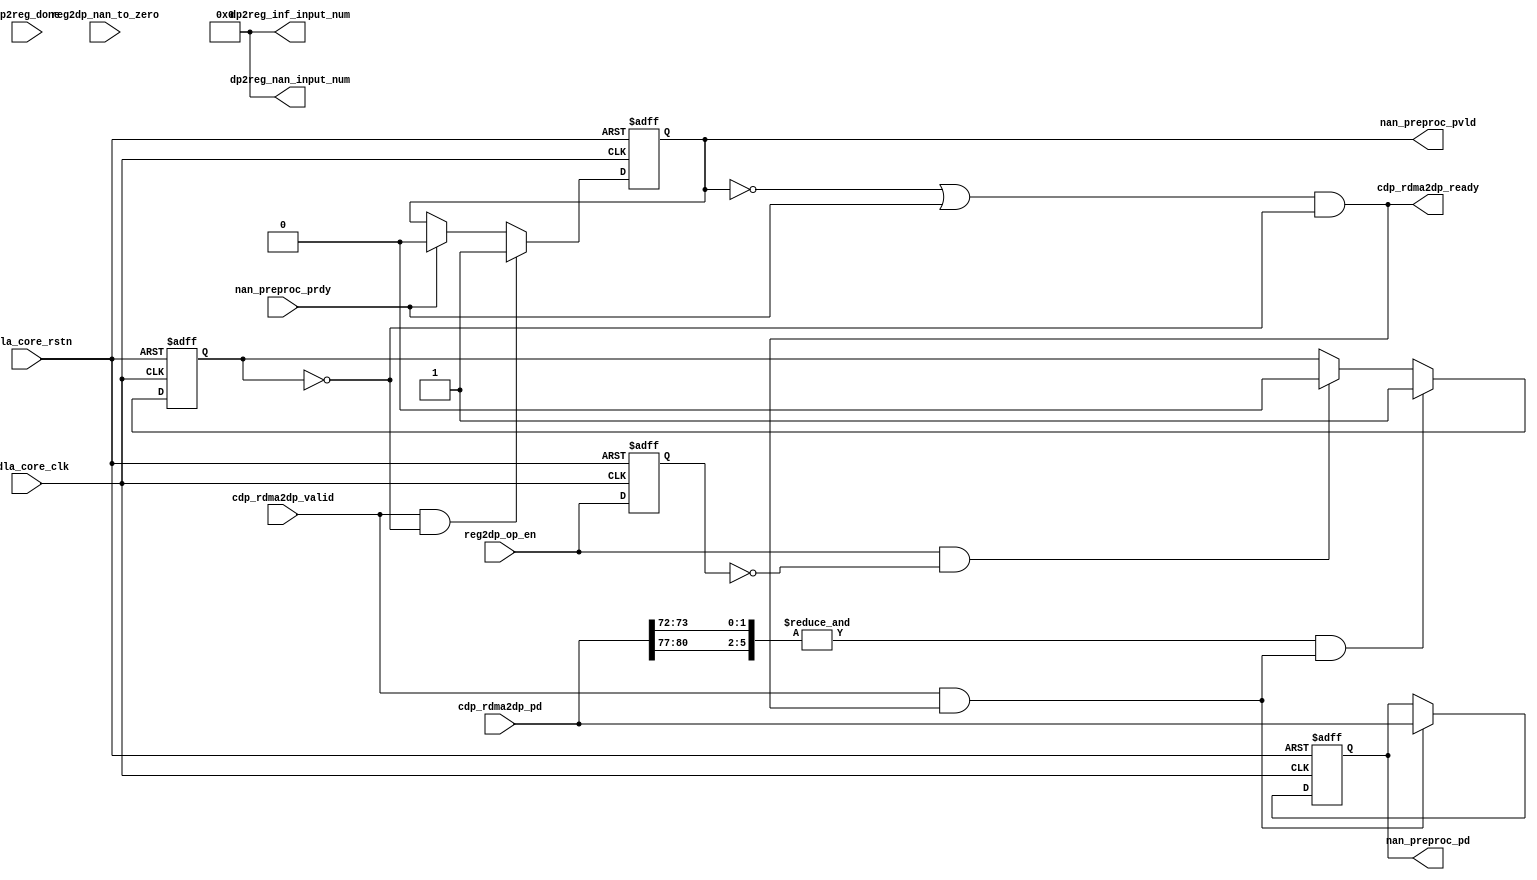
// ================================================================
// NVDLA Open Source Project
//
// Copyright(c) 2016 - 2017 NVIDIA Corporation. Licensed under the
// NVDLA Open Hardware License; Check "LICENSE" which comes with
// this distribution for more information.
// ================================================================
// ================================================================
// NVDLA Open Source Project
// 
// Copyright(c) 2016 - 2017 NVIDIA Corporation.  Licensed under the
// NVDLA Open Hardware License; Check "LICENSE" which comes with 
// this distribution for more information.
// ================================================================
///////////////////////////////////////////////////
//#ifdef NVDLA_FEATURE_DATA_TYPE_INT8
//#if ( NVDLA_CDP_THROUGHPUT  ==  8 )
//    #define LARGE_FIFO_RAM
//#endif
//#if ( NVDLA_CDP_THROUGHPUT == 1 )
//    #define SMALL_FIFO_RAM
//#endif
//#endif
module NV_NVDLA_CDP_DP_nan (
   nvdla_core_clk
  ,nvdla_core_rstn
  ,cdp_rdma2dp_pd
  ,cdp_rdma2dp_valid
  ,dp2reg_done
  ,nan_preproc_prdy
//,reg2dp_input_data_type
  ,reg2dp_nan_to_zero
  ,reg2dp_op_en
  ,cdp_rdma2dp_ready
  ,dp2reg_inf_input_num
  ,dp2reg_nan_input_num
  ,nan_preproc_pd
  ,nan_preproc_pvld
  );
//////////////////////////////////////////////////////
input nvdla_core_clk;
input nvdla_core_rstn;
input [8*8 +24:0] cdp_rdma2dp_pd;
input cdp_rdma2dp_valid;
input dp2reg_done;
input nan_preproc_prdy;
//input [1:0] reg2dp_input_data_type;
input reg2dp_nan_to_zero;
input reg2dp_op_en;
output cdp_rdma2dp_ready;
output [31:0] dp2reg_inf_input_num;
output [31:0] dp2reg_nan_input_num;
output [8*8 +24:0] nan_preproc_pd;
output nan_preproc_pvld;
//////////////////////////////////////////////////////
reg [8*8 +24:0] datin_d;
reg din_pvld_d1;
wire [31:0] dp2reg_inf_input_num=0;
wire [31:0] dp2reg_nan_input_num=0;
//reg fp16_en;
//reg [31:0] inf_in_count;
//reg [31:0] inf_in_num0;
//reg [31:0] inf_in_num1;
reg layer_flag;
//reg mon_inf_in_count;
//reg mon_nan_in_count;
//reg [31:0] nan_in_count;
//reg [31:0] nan_in_num0;
//reg [31:0] nan_in_num1;
//reg [15:0] nan_preproc_pd0;
//reg [15:0] nan_preproc_pd1;
//reg [15:0] nan_preproc_pd2;
//reg [15:0] nan_preproc_pd3;
reg op_en_d1;
//reg tozero_en;
reg waiting_for_op_en;
reg wdma_layer_flag;
wire cdp_rdma2dp_ready_f;
//wire cube_end;
//wire [3:0] dat_is_inf;
//wire [3:0] dat_is_nan;
wire din_prdy_d1;
//wire [15:0] fp16_in_pd_0;
//wire [15:0] fp16_in_pd_1;
//wire [15:0] fp16_in_pd_2;
//wire [15:0] fp16_in_pd_3;
//wire [2:0] inf_num_in_8byte;
//wire last_c;
//wire last_h;
//wire last_w;
wire layer_end;
wire load_din;
//wire [2:0] nan_num_in_8byte;
wire op_en_load;
wire wdma_done;
//////////////////////////////////////////////////////
//==========================================
//----------------------------------------
assign cdp_rdma2dp_ready = cdp_rdma2dp_ready_f;
assign cdp_rdma2dp_ready_f = (~din_pvld_d1 | din_prdy_d1) & (~waiting_for_op_en);
assign load_din = cdp_rdma2dp_valid & cdp_rdma2dp_ready_f;
// //----------------------------------------
// always @(posedge nvdla_core_clk or negedge nvdla_core_rstn) begin
// if (!nvdla_core_rstn) begin
// tozero_en <= 1'b0;
// end else begin
// tozero_en <= reg2dp_nan_to_zero == 1'h1;
// end
// end
// always @(posedge nvdla_core_clk or negedge nvdla_core_rstn) begin
// if (!nvdla_core_rstn) begin
// fp16_en <= 1'b0;
// end else begin
// fp16_en <= reg2dp_input_data_type[1:0]== 2;
// end
// end
// //----------------------------------------
// assign fp16_in_pd_0 = cdp_rdma2dp_pd[15:0];
// assign fp16_in_pd_1 = cdp_rdma2dp_pd[31:16];
// assign fp16_in_pd_2 = cdp_rdma2dp_pd[47:32];
// assign fp16_in_pd_3 = cdp_rdma2dp_pd[63:48];
//
// assign dat_is_nan[0] = fp16_en & (&fp16_in_pd_0[14:10]) & (|fp16_in_pd_0[9:0]);
// assign dat_is_nan[1] = fp16_en & (&fp16_in_pd_1[14:10]) & (|fp16_in_pd_1[9:0]);
// assign dat_is_nan[2] = fp16_en & (&fp16_in_pd_2[14:10]) & (|fp16_in_pd_2[9:0]);
// assign dat_is_nan[3] = fp16_en & (&fp16_in_pd_3[14:10]) & (|fp16_in_pd_3[9:0]);
//
// assign dat_is_inf[0] = fp16_en & (&fp16_in_pd_0[14:10]) & (~(|fp16_in_pd_0[9:0]));
// assign dat_is_inf[1] = fp16_en & (&fp16_in_pd_1[14:10]) & (~(|fp16_in_pd_1[9:0]));
// assign dat_is_inf[2] = fp16_en & (&fp16_in_pd_2[14:10]) & (~(|fp16_in_pd_2[9:0]));
// assign dat_is_inf[3] = fp16_en & (&fp16_in_pd_3[14:10]) & (~(|fp16_in_pd_3[9:0]));
//////////////////////////////////////////////////////////////////////
//waiting for op_en
//////////////////////////////////////////////////////////////////////
always @(posedge nvdla_core_clk or negedge nvdla_core_rstn) begin
  if (!nvdla_core_rstn) begin
    op_en_d1 <= 1'b0;
  end else begin
  op_en_d1 <= reg2dp_op_en;
  end
end
assign op_en_load = reg2dp_op_en & (~op_en_d1);
//: my $k = int( log(32/8)/log(2) ) ;
//: print qq(
//: assign layer_end = &{cdp_rdma2dp_pd[8*8 +16:8*8 +13],cdp_rdma2dp_pd[8*8 +8+${k}-1:8*8 +8]} & load_din;
//: );
//| eperl: generated_beg (DO NOT EDIT BELOW)

assign layer_end = &{cdp_rdma2dp_pd[8*8 +16:8*8 +13],cdp_rdma2dp_pd[8*8 +8+2-1:8*8 +8]} & load_din;

//| eperl: generated_end (DO NOT EDIT ABOVE)
always @(posedge nvdla_core_clk or negedge nvdla_core_rstn) begin
  if (!nvdla_core_rstn) begin
    waiting_for_op_en <= 1'b1;
  end else begin
    if(layer_end)
        waiting_for_op_en <= 1'b1;
    else if(op_en_load)
        waiting_for_op_en <= 1'b0;
  end
end
// //////////////////////////////////////////////////////////////////////
// //NaN process mode control
// //////////////////////////////////////////////////////////////////////
// always @(posedge nvdla_core_clk or negedge nvdla_core_rstn) begin
// if (!nvdla_core_rstn) begin
// nan_preproc_pd0 <= {16{1'b0}};
// nan_preproc_pd1 <= {16{1'b0}};
// nan_preproc_pd2 <= {16{1'b0}};
// nan_preproc_pd3 <= {16{1'b0}};
// datin_info_d <= {23{1'b0}};
// end else begin
// if(load_din) begin
// nan_preproc_pd0 <= (dat_is_nan[0] & tozero_en) ? 16'd0 : fp16_in_pd_0;
// nan_preproc_pd1 <= (dat_is_nan[1] & tozero_en) ? 16'd0 : fp16_in_pd_1;
// nan_preproc_pd2 <= (dat_is_nan[2] & tozero_en) ? 16'd0 : fp16_in_pd_2;
// nan_preproc_pd3 <= (dat_is_nan[3] & tozero_en) ? 16'd0 : fp16_in_pd_3;
// datin_info_d <= cdp_rdma2dp_pd[86:64];
// end
// end
// end
always @(posedge nvdla_core_clk or negedge nvdla_core_rstn) begin
  if (!nvdla_core_rstn) begin
    datin_d <= 0;
  end else if(load_din) begin
    datin_d <= cdp_rdma2dp_pd;
  end
end
always @(posedge nvdla_core_clk or negedge nvdla_core_rstn) begin
  if (!nvdla_core_rstn) begin
    din_pvld_d1 <= 1'b0;
  end else begin
    if(cdp_rdma2dp_valid & (~waiting_for_op_en))
        din_pvld_d1 <= 1'b1;
    else if(din_prdy_d1)
        din_pvld_d1 <= 1'b0;
  end
end
assign din_prdy_d1 = nan_preproc_prdy;
//-------------------------------------------
assign nan_preproc_pd = datin_d;
assign nan_preproc_pvld = din_pvld_d1;
// //////////////////////////////////////////////////////////////////////
// //input NaN element count
// //////////////////////////////////////////////////////////////////////
// assign last_w = cdp_rdma2dp_pd[8*8 +12];
// assign last_h = cdp_rdma2dp_pd[8*8 +13];
// assign last_c = cdp_rdma2dp_pd[8*8 +14];
// assign cube_end = last_w & last_h & last_c;
//
// function [2:0] fun_bit_sum_4;
// input [3:0] idata;
// reg [2:0] ocnt;
// begin
// ocnt =
// ( idata[0]
// + idata[1]
// + idata[2] )
// + idata[3] ;
// fun_bit_sum_4 = ocnt;
// end
// endfunction
//
// assign nan_num_in_8byte = fun_bit_sum_4(dat_is_nan);
// assign inf_num_in_8byte = fun_bit_sum_4(dat_is_inf);
//
// always @(posedge nvdla_core_clk or negedge nvdla_core_rstn) begin
// if (!nvdla_core_rstn) begin
// {mon_nan_in_count,nan_in_count[31:0]} <= {33{1'b0}};
// end else begin
// if(load_din) begin
// if(cube_end)
// {mon_nan_in_count,nan_in_count[31:0]} <= 33'd0;
// else
// {mon_nan_in_count,nan_in_count[31:0]} <= nan_in_count + nan_num_in_8byte;
// end
// end
// end
// always @(posedge nvdla_core_clk or negedge nvdla_core_rstn) begin
// if (!nvdla_core_rstn) begin
// {mon_inf_in_count,inf_in_count[31:0]} <= {33{1'b0}};
// end else begin
// if(load_din) begin
// if(cube_end)
// {mon_inf_in_count,inf_in_count[31:0]} <= 32'd0;
// else
// {mon_inf_in_count,inf_in_count[31:0]} <= inf_in_count + inf_num_in_8byte;
// end
// end
// end
//
// always @(posedge nvdla_core_clk or negedge nvdla_core_rstn) begin
// if (!nvdla_core_rstn) begin
// layer_flag <= 1'b0;
// nan_in_num1 <= {32{1'b0}};
// inf_in_num1 <= {32{1'b0}};
// nan_in_num0 <= {32{1'b0}};
// inf_in_num0 <= {32{1'b0}};
// end else begin
// if(load_din & cube_end) begin
// layer_flag <= ~layer_flag;
// if(layer_flag) begin
// nan_in_num1 <= nan_in_count;
// inf_in_num1 <= inf_in_count;
// end else begin
// nan_in_num0 <= nan_in_count;
// inf_in_num0 <= inf_in_count;
// end
// end
// end
// end
// //adding dp2reg_done to latch the num and output a sigle one for each
// assign wdma_done = dp2reg_done;
// always @(posedge nvdla_core_clk or negedge nvdla_core_rstn) begin
// if (!nvdla_core_rstn) begin
// wdma_layer_flag <= 1'b0;
// dp2reg_nan_input_num <= {32{1'b0}};
// dp2reg_inf_input_num <= {32{1'b0}};
// end else begin
// if(wdma_done) begin
// wdma_layer_flag <= ~wdma_layer_flag;
// if(wdma_layer_flag) begin
// dp2reg_nan_input_num <= nan_in_num1;
// dp2reg_inf_input_num <= inf_in_num1;
// end else begin
// dp2reg_nan_input_num <= nan_in_num0;
// dp2reg_inf_input_num <= inf_in_num0;
// end
// end
// end
// end
//////////////////////////////////////////////////////////////////////
//function point
//////////////////////////////////////////////////////////////////////
//VCS coverage off
`ifndef DISABLE_FUNCPOINT
  `ifdef ENABLE_FUNCPOINT
    reg funcpoint_cover_off;
    initial begin
        if ( $test$plusargs( "cover_off" ) ) begin
            funcpoint_cover_off = 1'b1;
        end else begin
            funcpoint_cover_off = 1'b0;
        end
    end
    property CDP_NAN_IN__0_cov;
        disable iff((nvdla_core_rstn !== 1) || funcpoint_cover_off)
        @(posedge nvdla_core_clk)
        |dat_is_nan & fp16_en;
    endproperty
// Cover 0 : "|dat_is_nan & fp16_en"
    FUNCPOINT_CDP_NAN_IN__0_COV : cover property (CDP_NAN_IN__0_cov);
  `endif
`endif
//VCS coverage on
//VCS coverage off
`ifndef DISABLE_FUNCPOINT
  `ifdef ENABLE_FUNCPOINT
    property CDP_INF_IN__1_cov;
        disable iff((nvdla_core_rstn !== 1) || funcpoint_cover_off)
        @(posedge nvdla_core_clk)
        |dat_is_inf & fp16_en;
    endproperty
// Cover 1 : "|dat_is_inf & fp16_en"
    FUNCPOINT_CDP_INF_IN__1_COV : cover property (CDP_INF_IN__1_cov);
  `endif
`endif
//VCS coverage on
//VCS coverage off
`ifndef DISABLE_FUNCPOINT
  `ifdef ENABLE_FUNCPOINT
    property CDP_RDMA_NewLayer_out_req_And_core_CurLayer_not_finish__2_cov;
        disable iff((nvdla_core_rstn !== 1) || funcpoint_cover_off)
        @(posedge nvdla_core_clk)
        waiting_for_op_en & (~cdp_rdma2dp_ready_f) & cdp_rdma2dp_valid;
    endproperty
// Cover 2 : "waiting_for_op_en & (~cdp_rdma2dp_ready_f) & cdp_rdma2dp_valid"
    FUNCPOINT_CDP_RDMA_NewLayer_out_req_And_core_CurLayer_not_finish__2_COV : cover property (CDP_RDMA_NewLayer_out_req_And_core_CurLayer_not_finish__2_cov);
  `endif
`endif
//VCS coverage on
//////////////////////////////////////////////////////////////////////
endmodule // NV_NVDLA_CDP_DP_nan